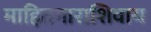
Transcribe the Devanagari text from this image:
माहितगाराशिवाय